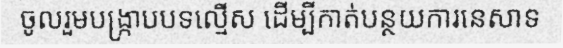
ចូលរួមបង្ក្រាបបទល្មើស ដើម្បីកាត់បន្ថយការនេសាទ